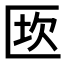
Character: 𠥈